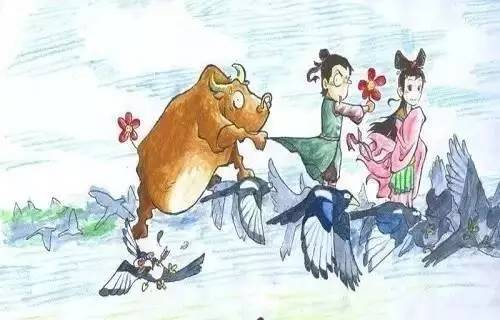
七夕年年信不违，银河清浅白云微，蟾光鹊影伯劳飞。